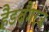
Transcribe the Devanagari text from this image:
हैडबैंगरज़